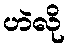
ဟဲလို